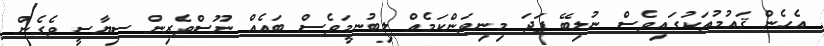
އެހެން ޤައުމުތަކުގައިވެސް ނުލިބޭ ފަދަ މިނިވަންކަމެއް ލިބުނީމަވެސް ބައެއް ނޫސްވެރިން ސިޔާސީ ވެގެން